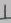
Text: 1